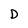
Character: D